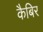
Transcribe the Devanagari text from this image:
कैबिर